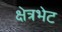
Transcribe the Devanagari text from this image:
क्षेत्रभेट